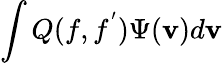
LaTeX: \int Q(f,f^{'})\Psi(\mathbf{v})d\mathbf{v}